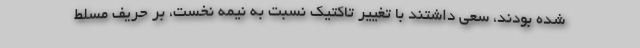
شده بودند، سعی داشتند با تغییر تاکتیک نسبت به نیمه نخست، بر حریف مسلط